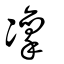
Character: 凜